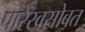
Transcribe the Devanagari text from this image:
पारेखसोबत